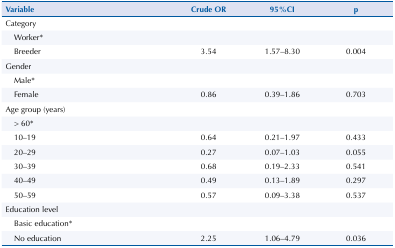
| Variable | Crude OR | 95%CI | p |
 | --- | --- | --- | --- |
 | Category |  |  |  |
 | Worker* |  |  |  |
 | Breeder | 3.54 | 1.57–8.30 | 0.004 |
 | Gender |  |  |  |
 | Male* |  |  |  |
 | Female | 0.86 | 0.39–1.86 | 0.703 |
 | Age group (years) |  |  |  |
 | > 60* |  |  |  |
 | 10–19 | 0.64 | 0.21–1.97 | 0.433 |
 | 20–29 | 0.27 | 0.07–1.03 | 0.055 |
 | 30–39 | 0.68 | 0.19–2.33 | 0.541 |
 | 40–49 | 0.49 | 0.13–1.89 | 0.297 |
 | 50–59 | 0.57 | 0.09–3.38 | 0.537 |
 | Education level |  |  |  |
 | Basic education* |  |  |  |
 | No education | 2.25 | 1.06–4.79 | 0.036 |